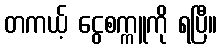
တကယ့် ငွေစက္ကူကို ရပြီ။